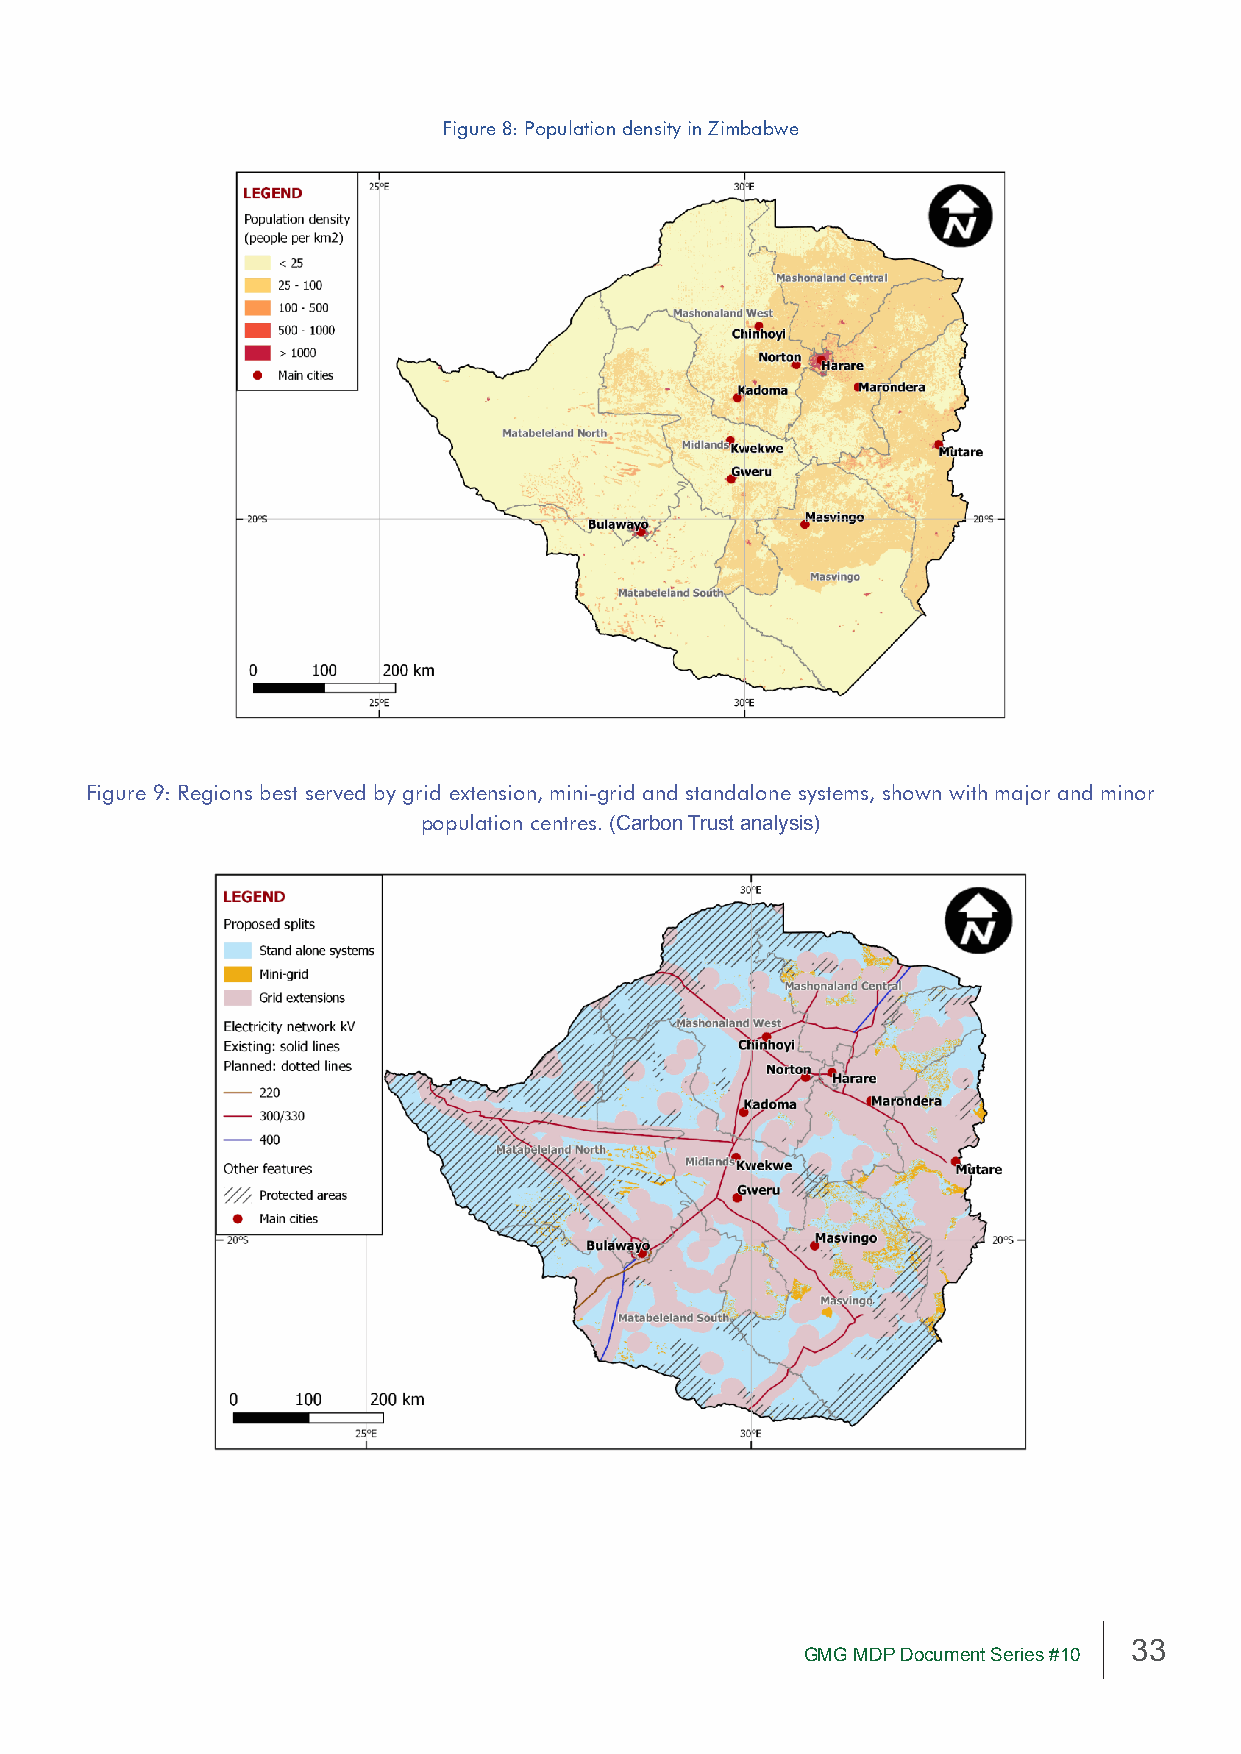
Figure 8: Population density in Zimbabwe
 Figure 9: Regions best served by grid extension, mini-grid and standalone systems, shown with major and minor
 population centres. (Carbon Trust analysis)
 33
 GMG MDP Document Series #10